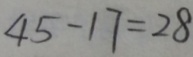
4 5 - 1 7 = 2 8